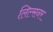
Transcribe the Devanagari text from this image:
लिल्सनर